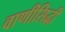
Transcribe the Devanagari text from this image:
वाणीसिद्धी